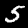
Label: 5